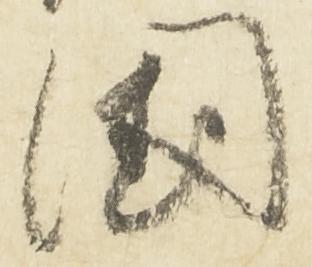
国